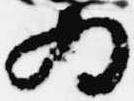
為